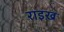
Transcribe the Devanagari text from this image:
राइख़